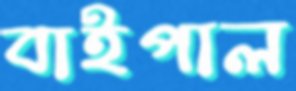
বাইপাল